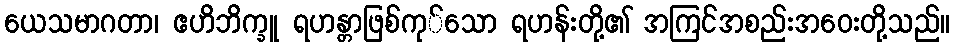
ယေသမာဂတာ၊ ဧဟိဘိက္ခူ ရဟန္တာဖြစ်ကု်သော ရဟန်းတို့၏ အကြင်အစည်းအဝေးတို့သည်။